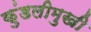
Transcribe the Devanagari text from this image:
कुंडलीमुखी